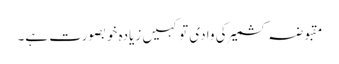
مقبوضہ کشمیر کی وادی تو کہیں زیادہ خوبصورت ہے۔